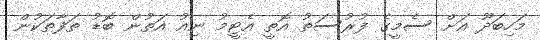
މަހިބަދޫ އަށް ސެމީގެ ފުރުސަތު އޮތީ އެޓީމު ނިއު އަތުން ބޮޑު ތަފާތަކުން